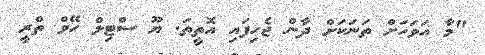
"މާ އަވަހަށް ތަނަކަށް ދާން ޖެހިފައި އޮތީތަ. ޔޫ ސްޓިލް ހޭވް ތްރީ